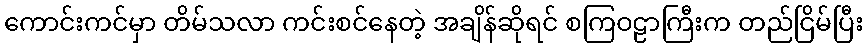
ကောင်းကင်မှာ တိမ်သလာ ကင်းစင်နေတဲ့ အချိန်ဆိုရင် စကြဝဠာကြီးက တည်ငြိမ်ပြီး